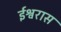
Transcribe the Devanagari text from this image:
ईश्वरास